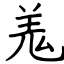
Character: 羗